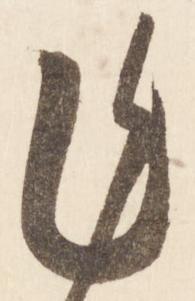
乍